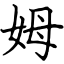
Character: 姆